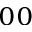
_ { 0 0 }